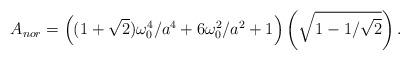
\begin{align*}A_{nor} = \left((1+\sqrt{2}) \omega_0^4/a^4 + 6 \omega_0^2/a^2 + 1 \right) \left( \sqrt{ 1 - 1/\sqrt{2} } \right) .\end{align*}